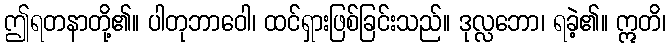
ဤရတနာတို့၏။ ပါတုဘာဝေါ၊ ထင်ရှားဖြစ်ခြင်းသည်။ ဒုလ္လဘော၊ ရခဲ့၏။ ဣတိ၊